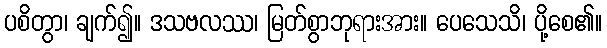
ပစိတွာ၊ ချက်၍။ ဒသဗလဿ၊ မြတ်စွာဘုရားအား။ ပေသေသိ၊ ပို့စေ၏။